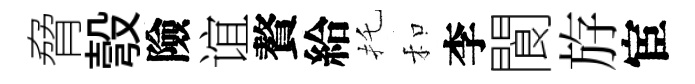
脅彀險谊贅給托和李閬斿宦